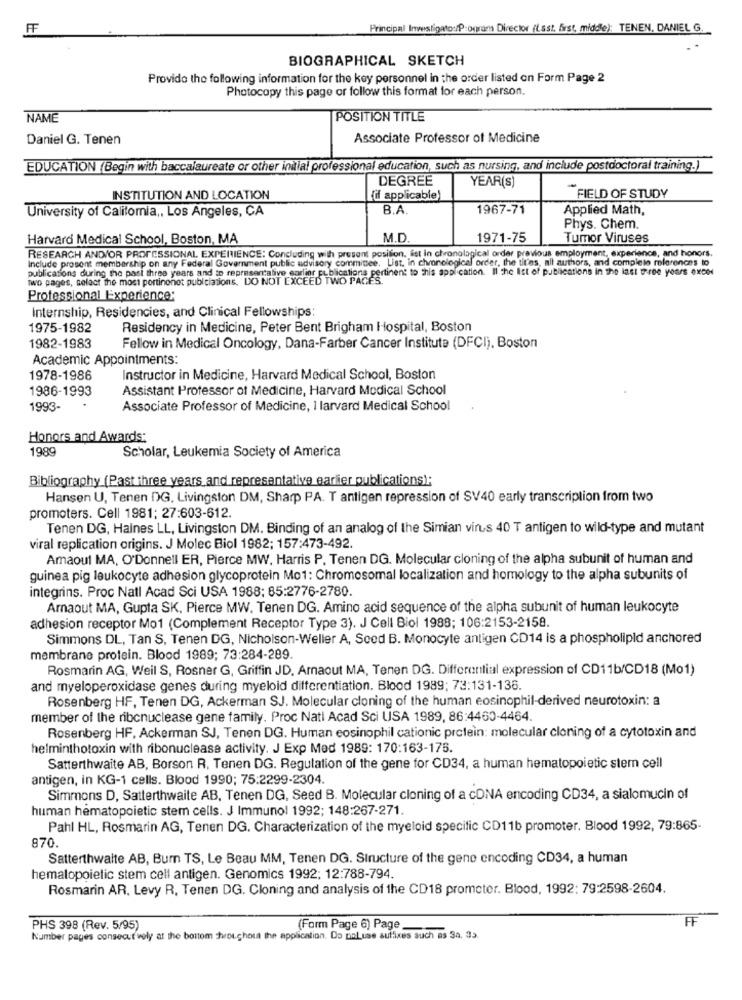
FF
Principal Investigato:/Programs Director (Last. first, middle); TENEN, DANIEL G.
BIOGRAPHICAL SKETCH
Provide the following information for the key personnel in the order listed on Form Page 2
Photocopy this page or follow this format for each person.
NAME
POSITION TITLE
Daniel G. Tenen
Associate Professor of Medicine
EDUCATION (Begin with baccalaureate or other initial professional education, such as nursing, and include postdoctoral training.)
DEGREE
YEAR(S)
INSTITUTION AND LOCATION
(if applicable)
FIELD OF STUDY
University of California ,, Los Angeles, CA
B.A.
1967-71
Applied Math,
Phys. Chem.
Harvard Medical School, Boston, MA
M.D.
1971-75
Tumor Viruses
RESEARCH AND/OR PROFESSIONAL EXPERIENCE: Concluding with present position, ist in chronological order previous employment, experience, and honors.
Include prosent membership on any Federal Government public advisory committee. List. in chronological order, the tit'es, all authors, and completo references to
publications during the past three years and to representalive earlier publications pertinent to this application. Il che Ist of publications in the last three yours exced
Two pages, select the most portinonet publciations, DO NOT EXCEED TWO PAGES.
Professional Experience:
Internship, Residencies, and Clinical Fellowships:
1975-1982
Residency in Medicine, Peter Bent Brigham Hospital, Boston
1982-1983
Fellow in Medical Oncology, Dana-Farber Cancer Institute (DFCI), Boston
Academic Appointments:
1978-1986
Instructor in Medicine, Harvard Medical School, Boston
1986-1993
Assistant Professor of Medicine, Harvard Medical School
1993-
Associate Professor of Medicine, I larvard Medical School
Honors and Awards:
1989
Scholar, Leukemia Society of America
Bibliography (Past three years and representative earlier publications);
Hansen U, Tenen DG, Livingston DM, Sharp PA. T antigen repression of SV40 early transcription from two
promoters. Cell 1981; 27:603-612.
Tenen DG, Haines LL, Livingston DM. Binding of an analog of the Simian virus 40 T antigen to wild-type and mutant
viral replication origins. J Molec Biol 1982; 157:473-492.
Amaoul MA, O'Donnell ER, Pierce MW. Harris P. Tenen DG. Molecular cloning of the alpha subunit of human and
guinea pig leukocyte adhesion glycoprotein Mo1: Chromosomal localization and homology to the alpha subunits of
integrins. Proc Natl Acad Sci USA 1988: 85:2776-2780.
Arnaout MA, Gupta SK, Pierce MW. Tenen DG. Amino acid sequence of the alpha subunit of human leukocyte
adhesion receptor Mo1 (Complement Receptor Type 3). J Cell Biol 1988; 106:2153-2158.
Simmons DL, Tan S, Tenen DG, Nicholson-Weller A, Seed B. Monocyte antigen CD14 is a phospholipid anchored
membrane protein. Blood 1989; 73:284-289.
Rosmarin AG, Weil S, Rosner G, Griffin JD. Amnaout MA, Tenen DG. Differential expression of CD11b/CD18 (Mo1)
and myeloperoxidase genes during myeloid differentiation. Blood 1989; 73:131-136.
Rosenberg HF, Tenen DG, Ackerman SJ. Molecular cloning of the human eosinophil-derived neurotoxin: a
member of the ribcnuclease gene family. Proc Natl Acad Sci USA 1989, 86:4460-4464.
Rosenberg HF, Ackerman SJ, Tenen DG. Human eosinophil cationic protein: molecular cloning of a cytotoxin and
helminthotoxin with ribonuclease activity. J Exp Med 1989: 170:163-175.
Satterthwaite AB, Borson R. Tenen DG. Regulation of the gene for CD34, a human hematopoietic stem cell
antigen, in KG-1 cells. Blood 1990; 75:2299-2304
Simmons D, Satterthwaite AB, Tenen DG, Seed B. Molecular cloning of a cONA encoding CD34, a sialomucin of
human hematopoietic stem cells. J Immunol 1992; 148:267-271.
Pahl HL, Rosmarin AG, Tenen DG. Characterization of the myeloid specific CD11b promoter. Blood 1992, 79:865-
870.
Satterthwaite AB, Burn TS, Le Beau MM, Tenen DG. Structure of the gene encoding CD34, a human
hemalopoietic stem cell antigen. Genomics 1992; 12:788-794.
Rosmarin AR. Levy R, Tenen DG. Cloning and analysis of the CD18 promoter. Blood, 1992: 79:2598-2604.
FF
PHS 398 (Rev. 5/95)
(Form Page 6) Page
Number pages consecut voly at the bottom throughout the application. Do naLuse suffixes such as Sa, 33.